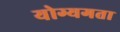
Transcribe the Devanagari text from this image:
योग्यगता